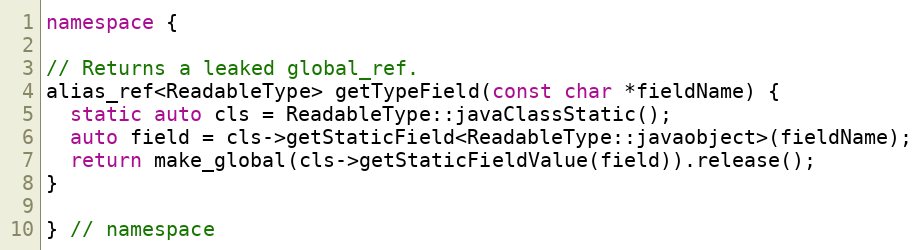
Language: C++
namespace {

// Returns a leaked global_ref.
alias_ref<ReadableType> getTypeField(const char *fieldName) {
  static auto cls = ReadableType::javaClassStatic();
  auto field = cls->getStaticField<ReadableType::javaobject>(fieldName);
  return make_global(cls->getStaticFieldValue(field)).release();
}

} // namespace